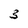
Character: 3